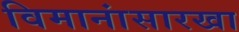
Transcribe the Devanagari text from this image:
विमानांसारखा